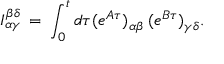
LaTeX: { \cal I } _ { \alpha \gamma } ^ { \beta \delta } \: = \: \int _ { 0 } ^ { t } d \tau ( e ^ { A \tau } ) _ { \alpha \beta } \: ( e ^ { B \tau } ) _ { \gamma \delta } .